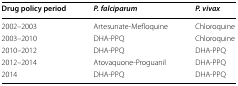
<table><thead><tr><td><b>Drug policy period</b></td><td><b><i>P.</i><i>falciparum</i></b></td><td><b><i>P.</i><i>vivax</i></b></td></tr></thead><tbody><tr><td>2002–2003</td><td>Artesunate-Mefloquine</td><td>Chloroquine</td></tr><tr><td>2003–2010</td><td>DHA-PPQ</td><td>Chloroquine</td></tr><tr><td>2010–2012</td><td>DHA-PPQ</td><td>DHA-PPQ</td></tr><tr><td>2012–2014</td><td>Atovaquone-Proguanil</td><td>DHA-PPQ</td></tr><tr><td>2014</td><td>DHA-PPQ</td><td>DHA-PPQ</td></tr></tbody></table>